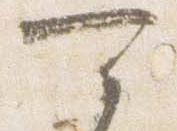
可